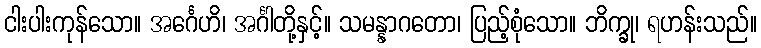
ငါးပါးကုန်သော။ အင်္ဂေဟိ၊ အင်္ဂါတို့နှင့်။ သမန္နာဂတော၊ ပြည့်စုံသော။ ဘိက္ခု၊ ရဟန်းသည်။